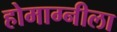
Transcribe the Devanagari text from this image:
होमाग्नीला